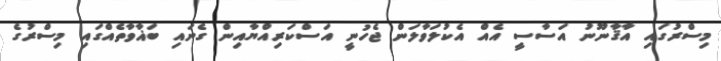
މިސްރުގައި އާޤާނޫނު އަސާސީ އެއް އެކުލަވާލަން ޖެހުނީ އަސްކަރިއްޔާއިން ގެނައި ބަޣާވާތެއްގައި މިސްރުގެ